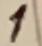
Text: 1